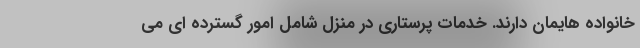
خانواده هایمان دارند. خدمات پرستاری در منزل شامل امور گسترده ای می